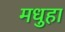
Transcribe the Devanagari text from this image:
मधुहा